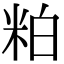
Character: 粕